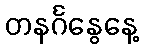
တနင်္ဂနွေနေ့